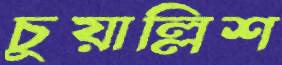
চুয়াল্লিশ